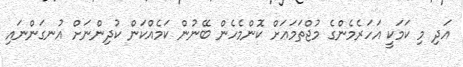
އަދި މި ކަމަކީ އަހަރެމެންގެ މުޖްތަމަޢަށް ކޮންމެހެން ބޭނުން ކަމެއްކަން ކުދިންނަށް އުނގަންނައި